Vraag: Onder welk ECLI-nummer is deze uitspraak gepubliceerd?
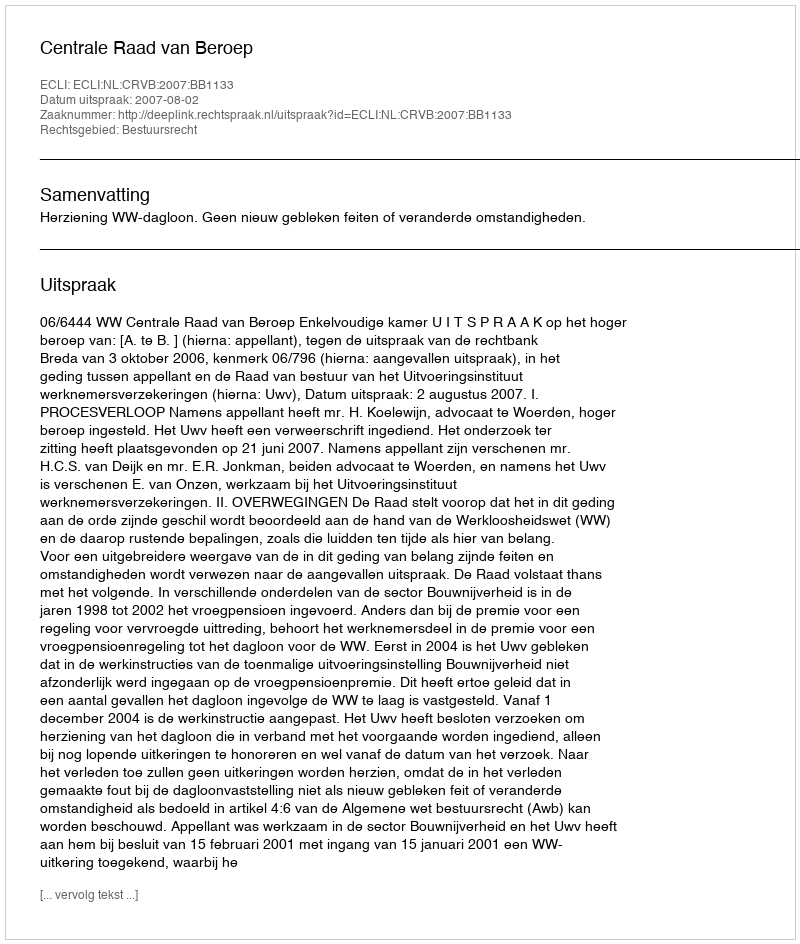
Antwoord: ECLI:NL:CRVB:2007:BB1133